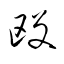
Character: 殴